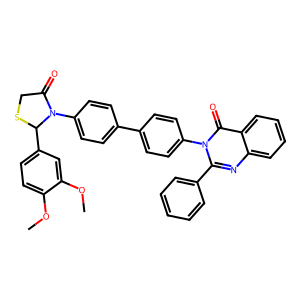
SMILES: COc1ccc(C2SCC(=O)N2c2ccc(-c3ccc(-n4c(-c5ccccc5)nc5ccccc5c4=O)cc3)cc2)cc1OC
Inhibits HIV replication: No